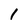
Character: 1